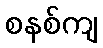
စနစ်ကျ